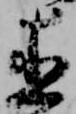
直